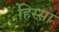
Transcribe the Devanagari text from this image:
हिस्सा